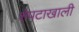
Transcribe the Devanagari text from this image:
शेपटाखाली